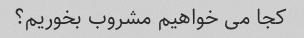
کجا می خواهیم مشروب بخوریم؟